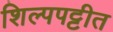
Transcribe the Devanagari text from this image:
शिल्पपट्टीत